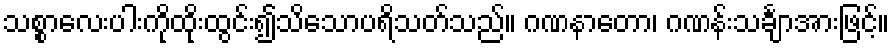
သစ္စာလေးပါးကိုထိုးထွင်း၍သိသောပရိသတ်သည်။ ဂဏနာတော၊ ဂဏန်းသင်္ချာအားဖြင့်။